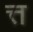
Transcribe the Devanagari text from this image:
त्त